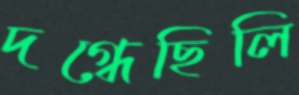
দগ্ধেছিলি